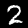
Digit: 2